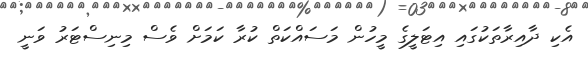
އެކި ދާއިރާތަކުގައި އިޓަލީގެ މީހުން މަސައްކަތް ކުރާ ކަމަށް ވެސް މިނިސްޓަރު ވަނީ